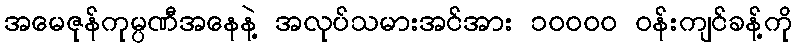
အမေဇုန်ကုမ္ပဏီအနေနဲ့ အလုပ်သမားအင်အား ၁၀၀၀၀ ဝန်းကျင်ခန့်ကို